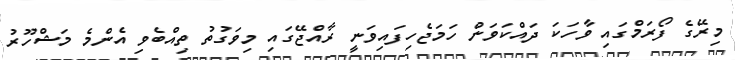
މިރޭގެ ފޯރަމްގައި ވާހަކަ ދައްކަވަން ހަމަޖެހިފައިވަނީ ރާއްޖޭގައި މިވަގުތު ތިއްބެވި އެންމެ މަޝްހޫރު